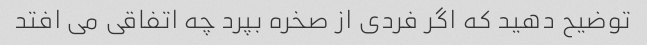
توضیح دهید که اگر فردی از صخره بپرد چه اتفاقی می افتد